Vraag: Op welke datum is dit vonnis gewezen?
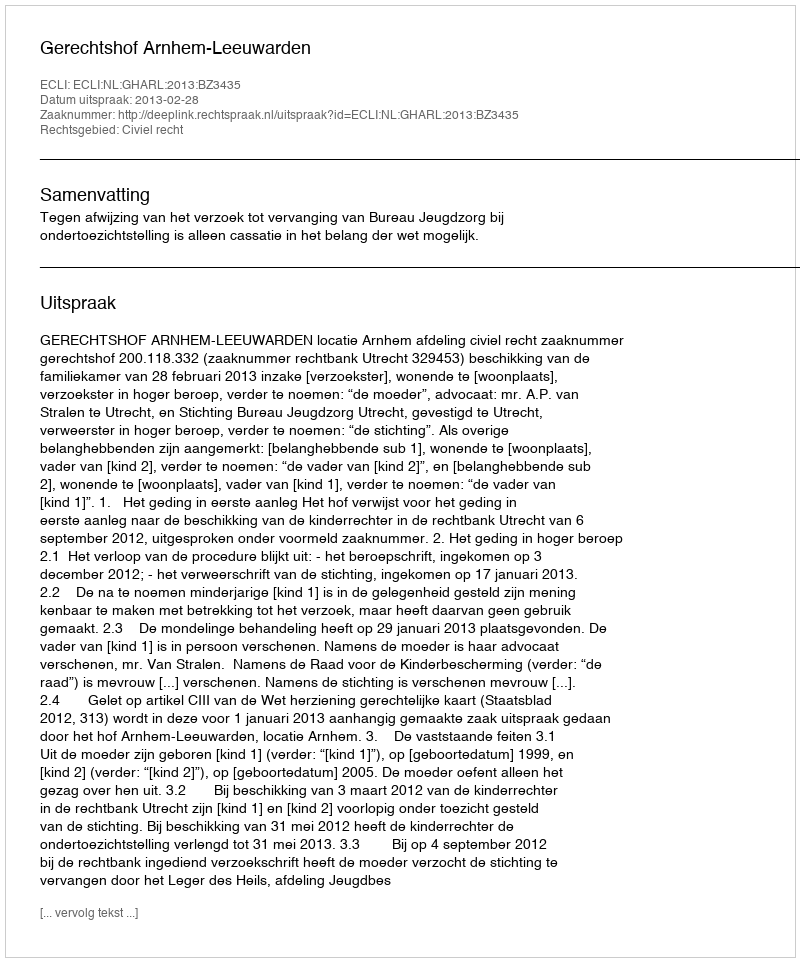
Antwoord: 2013-02-28